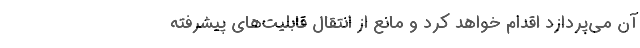
آن می‌پردازد اقدام خواهد کرد و مانع از انتقال قابلیت‌های پیشرفته‌